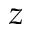
z